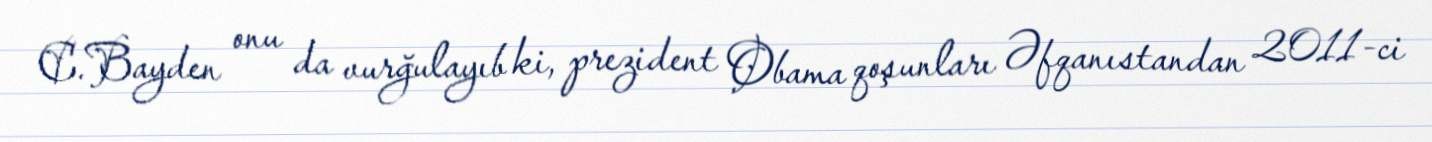
C.Bayden onu da vurğulayıb ki, prezident Obama qoşunları Əfqanıstandan 2011-ci